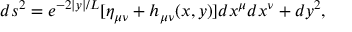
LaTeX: d s ^ { 2 } = e ^ { - 2 | y | / L } [ \eta _ { \mu \nu } + h _ { \mu \nu } ( x , y ) ] d x ^ { \mu } d x ^ { \nu } + d y ^ { 2 } ,